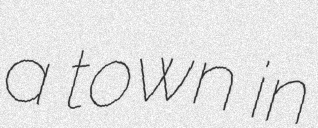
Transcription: a town in